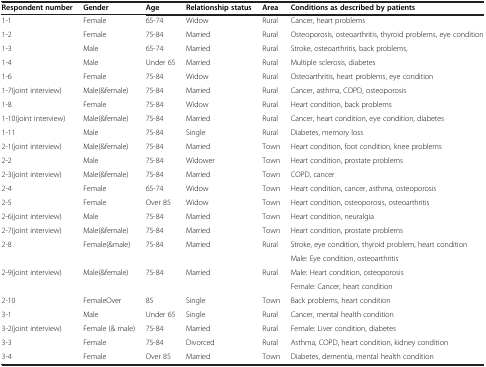
| Respondent number | Gender | Age | Relationship status | Area | Conditions as described by patients |
 | --- | --- | --- | --- | --- | --- |
 | 1-1 | Female | 65-74 | Widow | Rural | Cancer, heart problems |
 | 1-2 | Female | 75-84 | Married | Rural | Osteoporosis, osteoarthritis, thyroid problems, eye condition |
 | 1-3 | Male | 65-74 | Married | Rural | Stroke, osteoarthritis, back problems, |
 | 1-4 | Male | Under 65 | Married | Rural | Multiple sclerosis, diabetes |
 | 1-6 | Female | 75-84 | Widow | Rural | Osteoarthritis, heart problems, eye condition |
 | 1-7(joint interview) | Male(&female) | 75-84 | Married | Rural | Cancer, asthma, COPD, osteoporosis |
 | 1-8 | Female | 75-84 | Widow | Rural | Heart condition, back problems |
 | 1-10(joint interview) | Male(&female) | 75-84 | Married | Rural | Cancer, heart condition, eye condition, diabetes |
 | 1-11 | Male | 75-84 | Single | Rural | Diabetes, memory loss |
 | 2-1(joint interview) | Male(&female) | 75-84 | Married | Town | Heart condition, foot condition, knee problems |
 | 2-2 | Male | 75-84 | Widower | Town | Heart condition, prostate problems |
 | 2-3(joint interview) | Male(&female) | 75-84 | Married | Town | COPD, cancer |
 | 2-4 | Female | 65-74 | Widow | Town | Heart condition, cancer, asthma, osteoporosis |
 | 2-5 | Female | Over 85 | Widow | Town | Heart condition, osteoporosis, osteoarthritis |
 | 2-6(joint interview) | Male | 75-84 | Married | Town | Heart condition, neuralgia |
 | 2-7(joint interview) | Male(&female) | 75-84 | Married | Town | Heart condition, prostate problems |
 | 2-8 | Female(&male) | 75-84 | Married | Rural | Stroke, eye condition, thyroid problem, heart condition |
 |  |  |  |  |  | Male: Eye condition, osteoarthritis |
 | 2-9(joint interview) | Male(&female) | 75-84 | Married | Rural | Male: Heart condition, osteoporosis |
 |  |  |  |  |  | Female: Cancer, heart condition |
 | 2-10 | FemaleOver | 85 | Single | Town | Back problems, heart condition |
 | 3-1 | Male | Under 65 | Single | Rural | Cancer, mental health condition |
 | 3-2(joint interview) | Female (& male) | 75-84 | Married | Rural | Female: Liver condition, diabetes |
 | 3-3 | Female | 75-84 | Divorced | Rural | Asthma, COPD, heart condition, kidney condition |
 | 3-4 | Female | Over 85 | Married | Town | Diabetes, dementia, mental health condition |